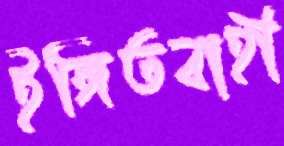
ইঙ্গিতবাহী